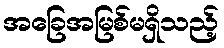
အခြေအမြစ်မရှိသည့်